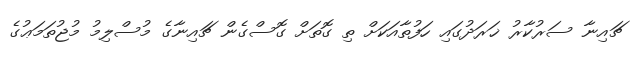
ޗައިނާ ސަރުކާރު ޚަރަދުގައި ހަފުތާއަކަށް ތި ގޮތަށް ގޮސްގެން ޗައިނާގެ މުސްލިމު މުޖުތަމަޢުގެ